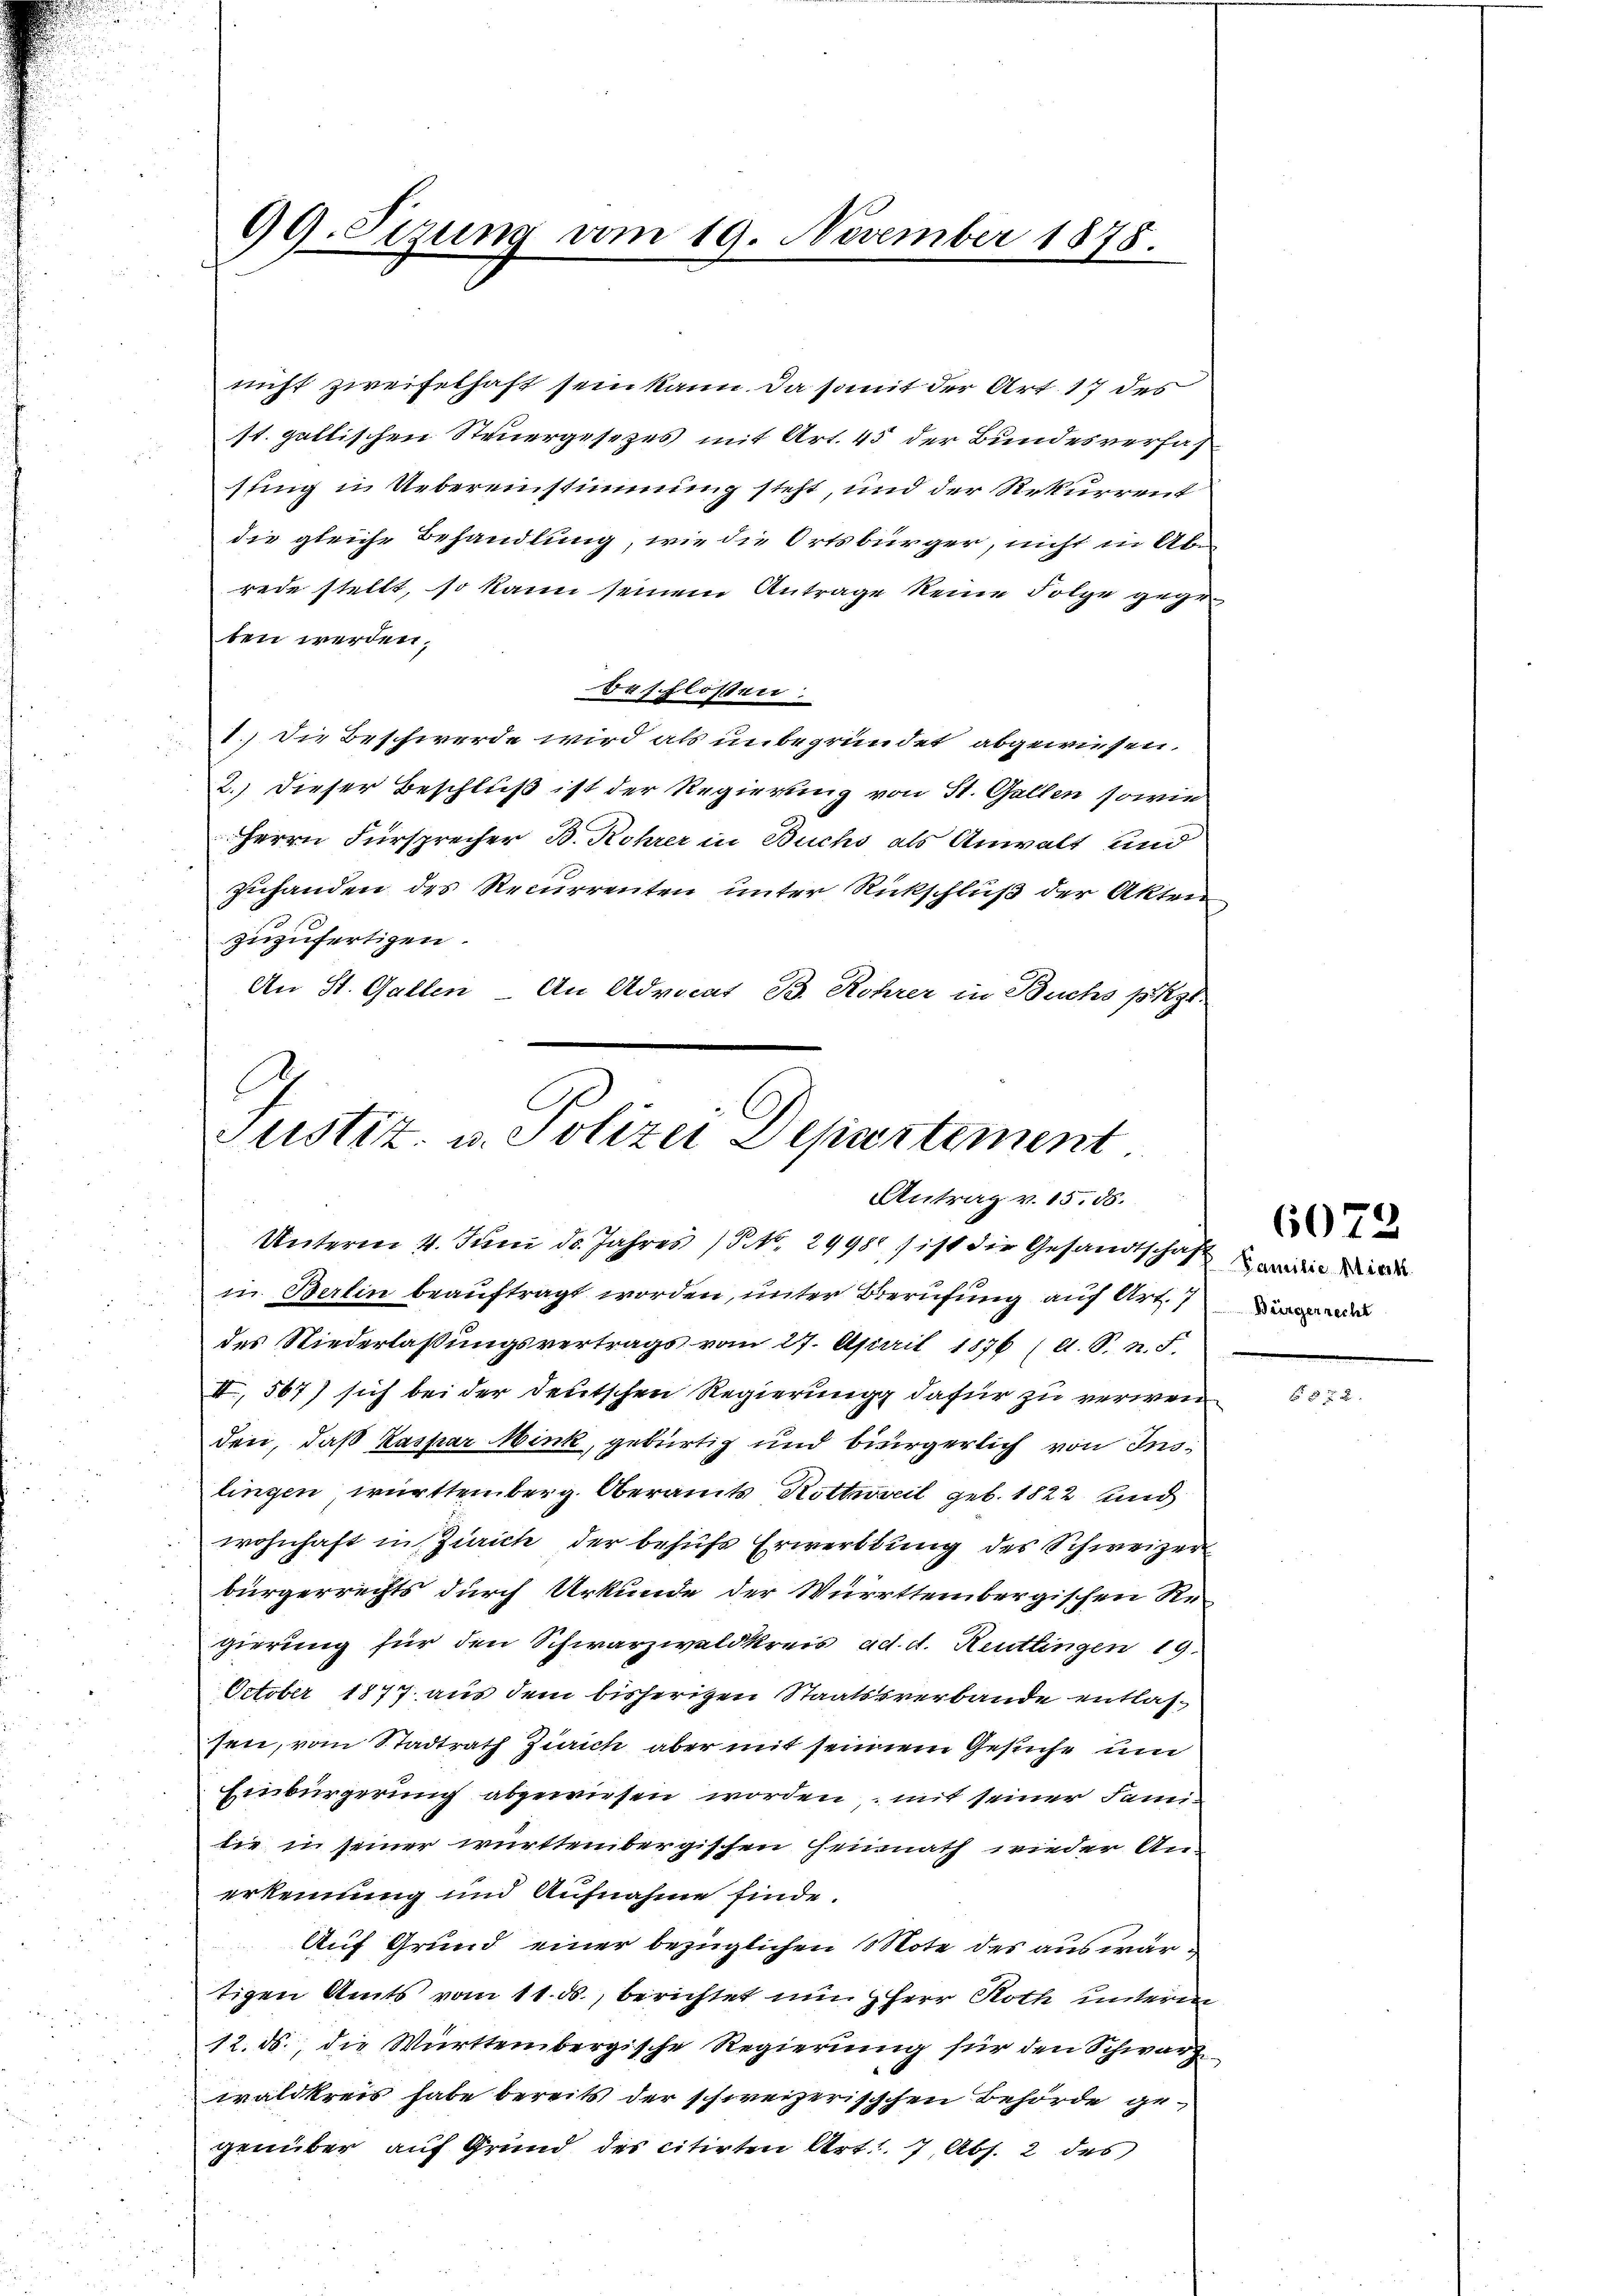
99. Sizung vom 19. November 1878.

nicht zweifelhaft sein kann. Da somit der Art. 17 des
st. gallischen Steuergesezes mit Art. 45 der Bundesverfas
sung in Uebereinstimmung steht, und der Rekurrent
die gleiche Behandlung, wie die Ortsbürger, nicht in Abrede stellt, so kann seinem Antrage keine Folge gegeten werden,
beschlossen:
1.) Die Beschwerde wird als unbegründet abgewiesen.
2.) Dieser Beschluß ist der Regierung von St. Gallen sowie
Herrn Fürsprecher B. Rohrer in Buchs als Anwalt und
zuhanden des Recurrenten unter Rickschluß der Akten
zuzufertigen.
An St. Gallen. An Adriat B. Rohrer in Buchs pag.

C
Justiz- u. Polizei Departement
Antrag v. 15. 58.
Unterm 4. Juni d. Jahres (§ NNo. 2998 ist die Gesandtschaft wider die

in Berlin beauftragt worden, unter Berufung auf Art. 7
des Niederlassungsvertrags vom 27. April 1876 (A. S. n. F.
II., 567) sich bei der deutschen Regierung dafür zu verwen
den, daß Kaspar Mink, gebürtig und bürgerlich von Inslingen, württemberg. Oberamts Rottweil geb. 1822 und
wohnhaft in Zürich der behŭfs Erwerbung des Schweizer
bürgerrechts durch Urkunde der Württembergischen Re-
gierung für den Schwarzwaldkreis ad. d. Reutlingen 19.
October 1877 aus dem bisherigen Staatssverbande entlassen, vom Stadtrath Zürich aber mit seinem Gesuche um
Einbürgerung abgewiesen worden, mit seiner Famitie in seiner württembergischen Heinnath wieder Anerkennung und Aufnahme finde.
Auf Grund einer bezüglichen Mote des auswärtigen Amts vom 11. ds., berichtet um Herr Roth unterm
12. ds., die Württembergische Regierung für den Schwarz
waldkreis habe bereits der schweizerischchen Behörde gegenüber auf Grund des citirten Art. 7, Abs. 2 des

6072